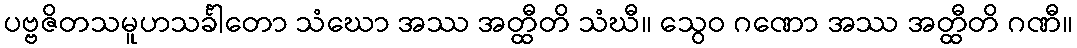
ပဗ္ဗဇိတသမူဟသင်္ခါတော သံဃော အဿ အတ္ထီတိ သံဃီ။ သွေဝ ဂဏော အဿ အတ္ထီတိ ဂဏီ။